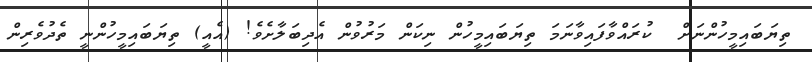
ތިޔަބައިމީހުންނަށް  ކުރައްވާފައިވާނަމަ ތިޔަބައިމީހުން ނިކަން މަރުވުން އެދިބަލާށެވެ! (އެއީ) ތިޔަބައިިމީހުންނީ ތެދުވެރިން